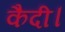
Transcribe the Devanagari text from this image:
कैदी।